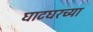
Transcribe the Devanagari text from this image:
घाटघरच्या